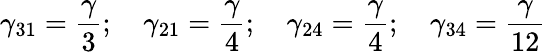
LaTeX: \gamma_{31}=\frac{\gamma}{3};\quad\gamma_{21}=\frac{\gamma}{4};\quad\gamma_{24}=\frac{\gamma}{4};\quad\gamma_{34}=\frac{\gamma}{12}